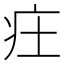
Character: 㽵